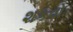
શકવો